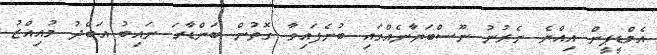
އެމްޑީޕީން އިއްޔެ ނެރުނު ނޫސްބަޔާނެއްގައި ބުނެފައިވާ ގޮތުން ބަންޑާރަ ނައިބު އަބްދު މުއިއްޒު